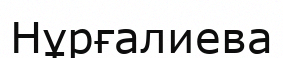
Нұрғалиева